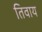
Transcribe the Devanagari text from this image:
तिवाय